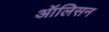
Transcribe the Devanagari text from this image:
ऑलिसन